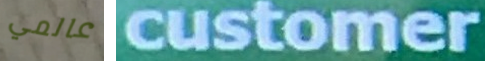
عالمي customer